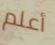
أعلم